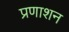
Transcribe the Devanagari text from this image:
प्रणाशन